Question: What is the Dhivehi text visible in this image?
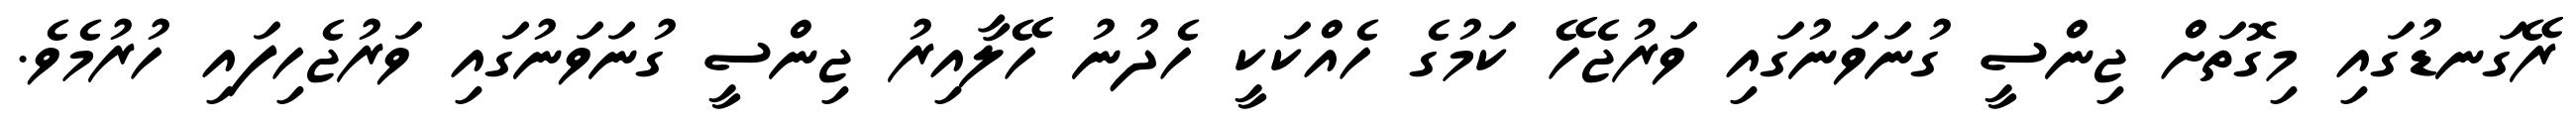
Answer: ރޭގަނޑުގައި މިގޮތަށް ޖިންސީ ގުނަވަނުގައި ވަރުޖެހޭ ކަމުގެ ހެއްކަކީ ހެދުނު ހޭލާއިރު ޖިންސީ ގުނަވަނުގައި ވަރުޖެހިފައި ހުރުމެވެ.